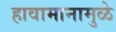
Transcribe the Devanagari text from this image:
हावामानामुळे